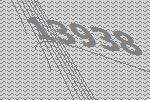
13938